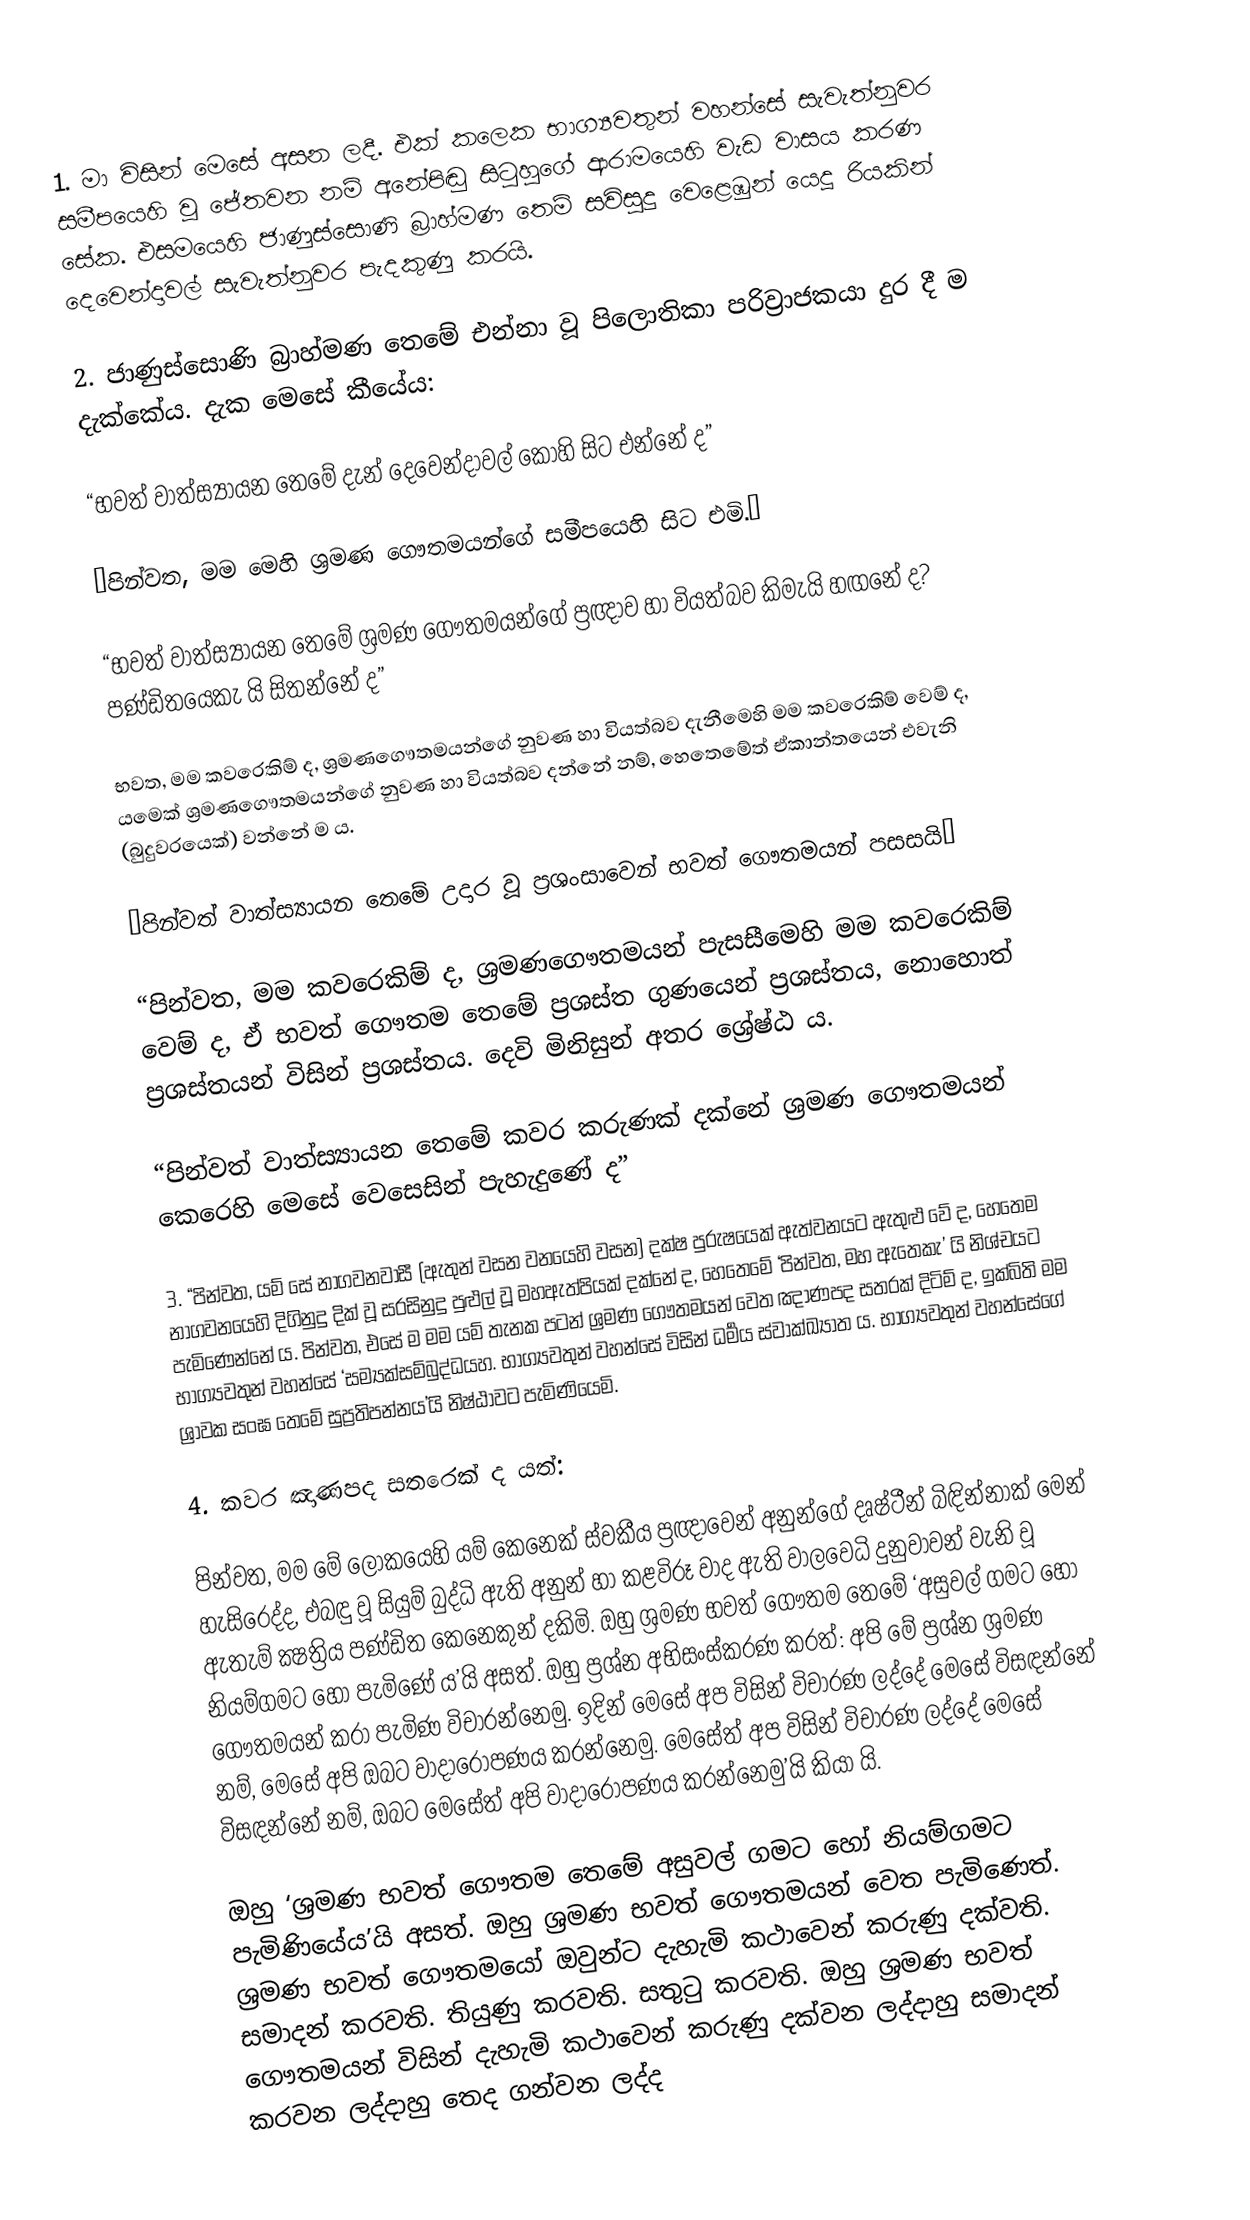
1. මා විසින් මෙසේ අසන ලදී. එක් කලෙක භාග්‍යවතුන් වහන්සේ සැවැත්නුවර සමීපයෙහි වූ ජේතවන නම් අනේපිඬු සිටුහුගේ ආරාමයෙහි වැඩ වාසය කරණ සේක. එසමයෙහි ජාණුස්සොණි බ්‍රාහ්මණ තෙම් සවිසුදු වෙළෙඹුන් යෙදූ රියකින් දෙවෙන්දාවල් සැවැත්නුවර පැදකුණු කරයි.

2. ජාණුස්සොණි බ්‍රාහ්මණ තෙමේ එන්නා වූ පිලොතිකා පරිව්‍රාජකයා දුර දී ම දැක්කේය. දැක මෙසේ කීයේය:

“භවත් වාත්ස්‍යායන තෙමේ දැන් දෙවෙන්දාවල් කොහි සිට එන්නේ ද”

“පින්වත, මම මෙහි ශ්‍රමණ ගෞතමයන්ගේ සමීපයෙහි සිට එමි.”

“භවත් වාත්ස්‍යායන තෙමේ ශ්‍රමණ ගෞතමයන්ගේ ප්‍රඥාව හා වියත්බව කිමැයි හඟනේ ද? පණ්ඩිතයෙකැ යි සිතන්නේ ද”

භවත, මම කවරෙකිම් ද, ශ්‍රමණගෞතමයන්ගේ නුවණ හා වියත්බව දැනීමෙහි මම කවරෙකිම් වෙම් ද, යමෙක් ශ්‍රමණගෞතමයන්ගේ නුවණ හා වියත්බව දන්නේ නම්, හෙතෙමේත් ඒකාන්තයෙන් එවැනි (බුදුවරයෙක්) වන්නේ ම ය.

“පින්වත් වාත්ස්‍යායන තෙමේ උදාර වූ ප්‍රශංසාවෙන් භවත් ගෞතමයන් පසසයි”

“පින්වත, මම කවරෙකිම් ද, ශ්‍රමණගෞතමයන් පැසසීමෙහි මම කවරෙකිම් වෙම් ද, ඒ භවත් ගෞතම තෙමේ ප්‍රශස්ත ගුණයෙන් ප්‍රශස්තය, නොහොත් ප්‍රශස්තයන් විසින් ප්‍රශස්තය. දෙවි මිනිසුන් අතර ශ්‍රේෂ්ඨ ය.

“පින්වත් වාත්ස්‍යායන තෙමේ කවර කරුණක් දක්නේ ශ්‍රමණ ගෞතමයන් කෙරෙහි මෙසේ වෙසෙසින් පැහැදුණේ ද”

3. “පින්වත, යම් සේ නාගවනවාසී (ඇතුන් වසන වනයෙහි වසන) දක්ෂ පුරුෂයෙක් ඇත්වනයට ඇතුළු වේ ද, හෙතෙම නාගවනයෙහි දිගිනුදු දික් වූ සරසිනුදු පුළුල් වූ මහඇත්පියක් දක්නේ ද, හෙතෙමේ ‘පින්වත, මහ ඇතෙකැ’ යි නිශ්චයට පැමිණෙන්නේ ය. පින්වත, එසේ ම මම යම් තැනක පටන් ශ්‍රමණ ගෞතමයන් වෙත ඤාණපද සතරක් දිටිම් ද, ඉක්බිති මම භාග්‍යවතුන් වහන්සේ ‘සම්‍යක්සම්බුද්ධයහ. භාග්‍යවතුන් වහන්සේ විසින් ධර්‍මය ස්වාක්ඛ්‍යාත ය. භාග්‍යවතුන් වහන්සේගේ ශ්‍රාවක සංඝ තෙමේ සුප්‍රතිපන්නය’යි නිෂ්ඨාවට පැමිණියෙමි.

4. කවර ඤාණපද සතරෙක් ද යත්:

පින්වත, මම මේ ලෝකයෙහි යම් කෙනෙක් ස්වකීය ප්‍රඥාවෙන් අනුන්ගේ දෘෂ්ටීන් බිඳින්නාක් මෙන් හැසිරෙද්ද, එබඳු වූ සියුම් බුද්ධි ඇති අනුන් හා කළවිරූ වාද ඇති වාලවෙධි දුනුවාවන් වැනි වූ ඇතැම් ක්‍ෂත්‍රිය පණ්ඩිත කෙනෙකුන් දකිමි. ඔහු ශ්‍රමණ භවත් ගෞතම තෙමේ ‘අසුවල් ගමට හෝ නියම්ගමට හෝ පැමිණේ ය’යි අසත්. ඔහු ප්‍රශ්න අභිසංස්කරණ කරත්: අපි මේ ප්‍රශ්න ශ්‍රමණ ගෞතමයන් කරා පැමිණ විචාරන්නෙමු. ඉදින් මෙසේ අප විසින් විචාරණ ලද්දේ මෙසේ විසඳන්නේ නම්, මෙසේ අපි ඔබට වාදාරෝපණය කරන්නෙමු. මෙසේත් අප විසින් විචාරණ ලද්දේ මෙසේ විසඳන්නේ නම්, ඔබට මෙසේත් අපි වාදාරෝපණය කරන්නෙමු’යි කියා යි.

ඔහු ‘ශ්‍රමණ භවත් ගෞතම තෙමේ අසුවල් ගමට හෝ නියම්ගමට පැමිණියේය’යි අසත්. ඔහු ශ්‍රමණ භවත් ගෞතමයන් වෙත පැමිණෙත්. ශ්‍රමණ භවත් ගෞතමයෝ ඔවුන්ට‍ දැහැමි කථාවෙන් කරුණු දක්වති. සමාදන් කරවති. තියුණු කරවති. සතුටු කරවති. ඔහු ශ්‍රමණ භවත් ගෞතමයන් විසින් දැහැමි කථාවෙන් කරුණු දක්වන ලද්දාහු සමාදන් කරවන ලද්දාහු තෙද ගන්වන ලද්ද